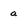
Character: a